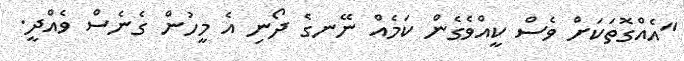
"އެއްގޮތަކަށް ވެސް ކީއްވެގެން ކަމެއް ނޭނގެ ދޯނި އެ މީހުން ގެނެސް ވެއްދީ.